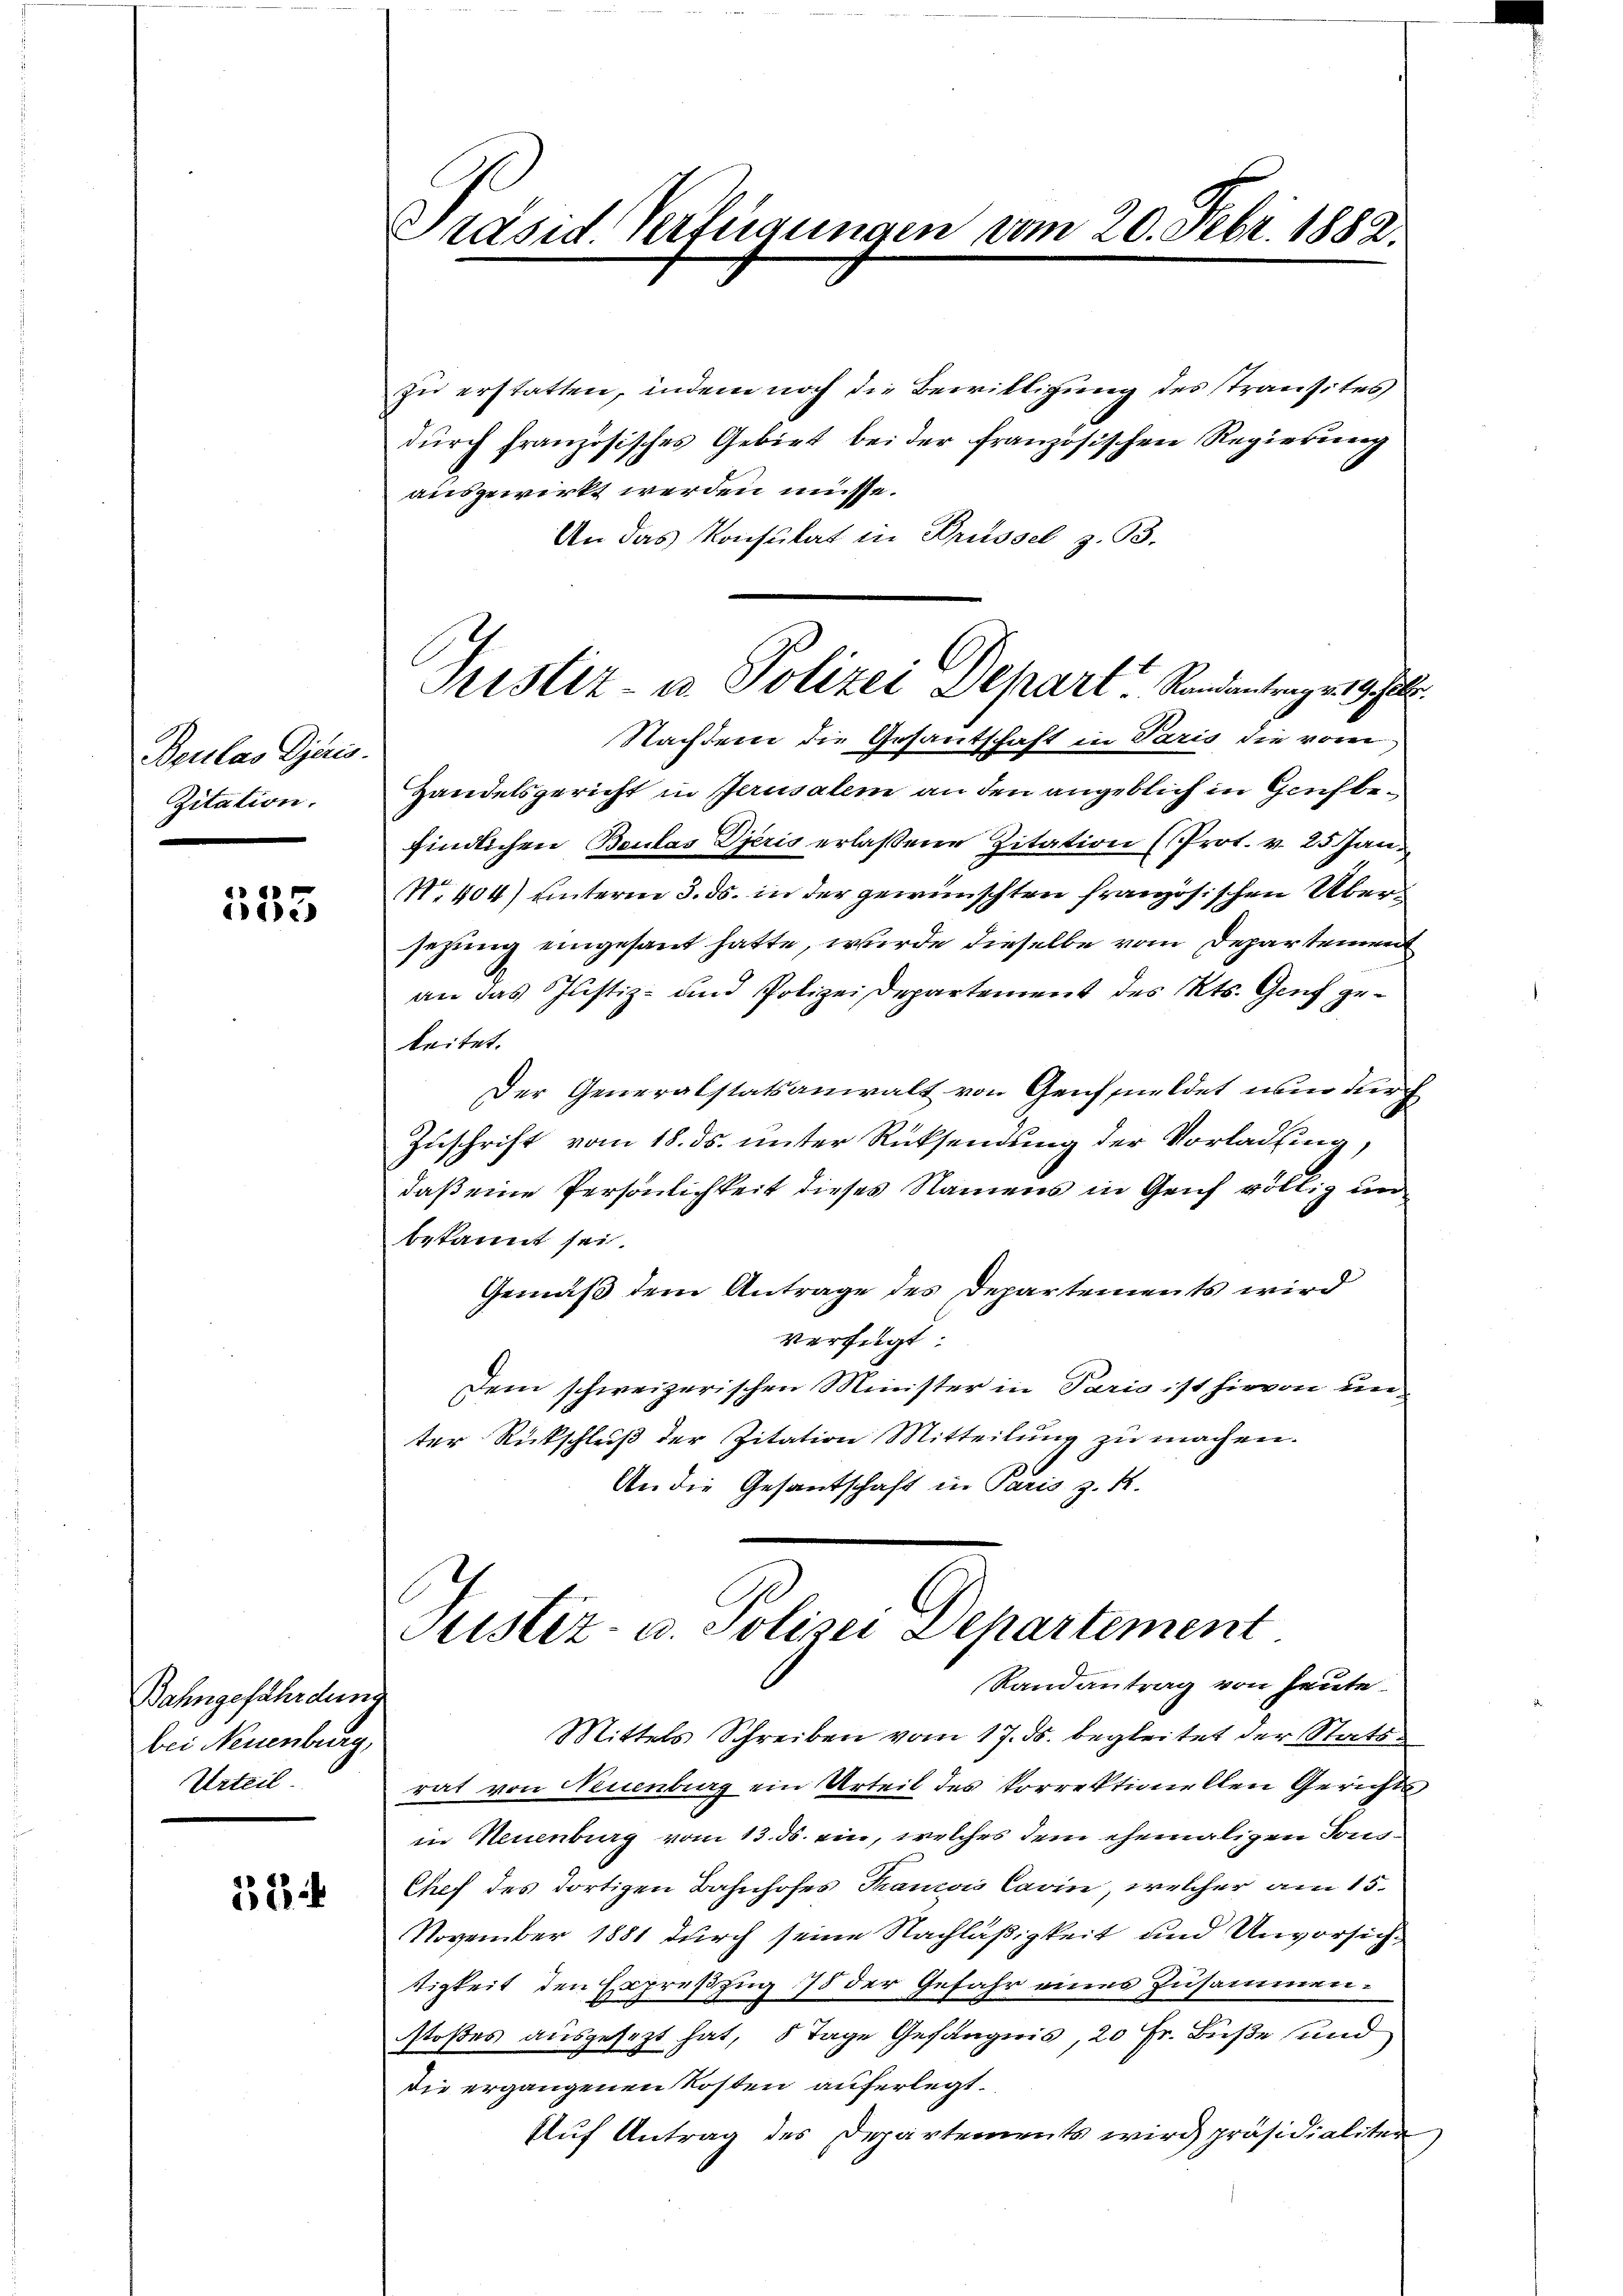
Brulas djeris.
Zitation.

133

Bahngefährdung
bei Neuenburg,
Urteil

1

Präsid Verfügungen vom 20. Febr. 1882.

zu erstatten, indem noch die Bewilligung des stransites
dŭrch französisches Gebiet bei der französischen Regierung
ausgewirkt werden müsse.
An das Konsulat in Brüssel z. 33.
Nachdem die Gesandschaft in Paris die vom
Handelsgericht in Jerusalem an den angeblich in Genf befindlichen Baulas Dieris erlaßene Zitation (Prot. v. 25 Jan.
No 404) unterm 3. ds. in der gewünschten französischen Übersezung eingesant hatte, wurde dieselbe vom Departemen
an das Justiz- und Polizeidepartement des Kts. Genf geleitet.
Der Generalstatsanwalt von Genfeldet nun durch
Zuschrift vom 18. ds. unter Rücksendung der Vorladung,
daß eine Persönlichkeit dieses Namens in Genf völlig un
bekannt sei.
Gemäß dem Antrage des Departements wird
verfügt:
Dem schweizerischen Minister in Paris ist hievon unter Rückschlŭβ der Zitation Mitteilŭng zŭ machen.
An die Gesantschaft in Paris z. B.

Pristiz- u Polizei Depart. Randantrage 19. Jul.

Justiz- u. Polizei Departement
Randantrag von heute

Mittels Schreiben vom 17. ds. begleitet der Stats
rat von Neuenburg ein Urteil des korrektionellen Gerichts
in Neuenburg vom 13. ds. ein, welches dem ehemaligen Tons¬
Chef des dortigen Bahnhofes Kanon Carin, welcher am 15.
November 1881 durch seine Nachläßigkeit und Unvorsicht
tigkeit den Expreßzug 75 der Gefahr eines Zusammenstoßes ausgesezt hat, 5 Tage Gefängnis, 20 Fr. Buße und
die ergangenen Kosten auferlegt.
Auf Antrag des Departements wird präsidialiten